Calcutta medical institutions reports 1879-81 [i.e.91]
Year: 1879
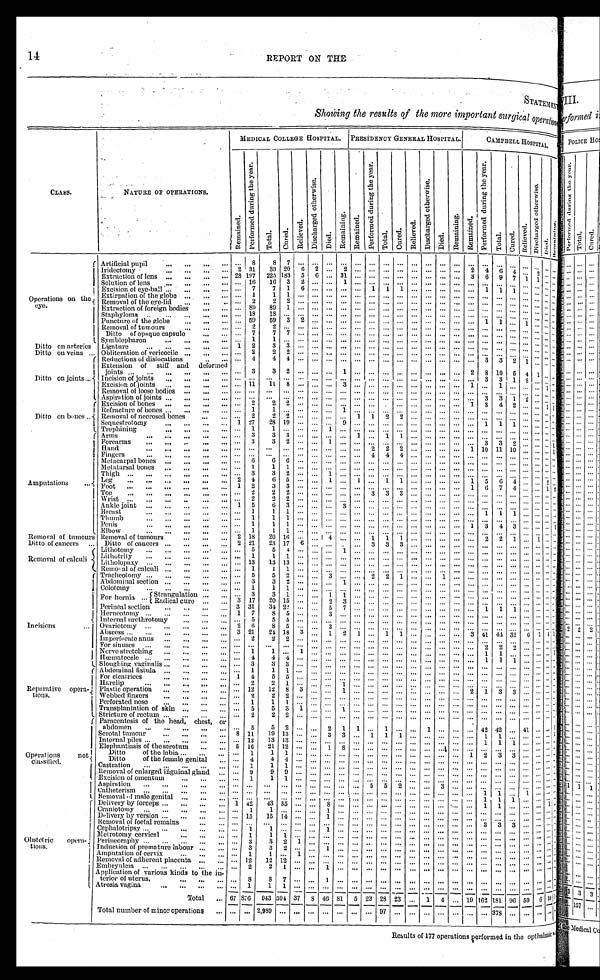
14
REPORT ON THE
S T A T E M E N T
Showing the results of the more important surgical operation
C l a s s .
N A T U R E O F O P E R A T I O N S .
M E D I C A L C O L L E G E H O S P I T A L .
PRESIDENCY GENERAL HOSPITAL. CAMPBELL HOSPITAL.
R e m a i n e d .
P e r f o r m e d d u r i n g t h e y e a r .
T o t a l .
Cured.
R e l i e v e d .
D i s c h a r g e d o t h e r w i s e .
Died.
R e m a i n i n g .
Remained.
P e r f o r m e d d u r i n g t h e y e a r .
T o t a l .
C u r e d .
R e l i e v e d .
D i s c h a r g e d o t h e r w i s e .
Died.
R e m a i n i n g .
Remained.P e r f o r me d d u r i n g t h e y e a r . Total.
C u r e d .
Relieved.
D i s c h a r g e d o t h e r w i s e .
Di e d. R e m a i n i n g .
O p e r a t i o n s o n t h e e y e .
Artificial pupil . . .
. . .
8
8
7
. . .
. . .
. . .. . . . . .
. . .
. . .
. . .. . .
. . .. . .
. . .
. . .
. . .
. . .. . .
. . . . . . . . .. . .
2
3 1
3 3
2 0
6
2
. . .2
. . .
. . .
. . .
. . .. . .
. . .. . .
. . .
2
4
6 4
. . . 2 . . .. . .
I r i d e c t o m y . . .
2 8
1 9 7
2 2 5
1 8 3
5
6
. . .31 . . .
. . .
. . .
. . .. . .
. . .. . .
. . .
3
6
9 7
1
1 . . .. . .
E x t r a c t i o n o f l e n s . . .
Solution of lens . . .
. . .
1 6
1 6
3
2
. . .
1
. . .
. . .
. . .
. . . . . .
. . .. . .
. . .
. . .
. . .
. . .. . .
. . . . . . . . .. . .
Excision of eye-ball . . .
. . .
7
7
1
6
. . .
. . .. . . . . .
1
1
1 . . .
. . .. . .
. . .
. . .
1
1 1
. . . . . . . . .. . .
Extirpation of the globe
. . .
. . .
1
1
1
. . .
. . .
. . .. . . . . .
. . .
. . .
. . .. . .
. . .. . .
. . .
. . .
. . .
. . . . . .
. . . . . . . . .. . .
Removal of the eye-lid
. . .
. . .
2
2
2
. . .
. . .
. . .. . . . . .
. . .
. . .
. . .. . .
. . .. . .
. . .
. . .
. . .
. . .. . .
. . . . . . . . .. . .
E x t r a c t i o n o f f o r e i g n b o d i e s . . .
. . .
8 9
8 9
1
. . .
. . .
. . .. . . . . .
. . .
. . .
. . .. . .
. . .. . .
. . .
. . .
. . .
. . .. . .
. . . . . . . . .. . .
S t a p h y l o m a . . .
. . .
1 8
1 8
. . .
. . .
. . .
. . .. . . . . .
. . .
. . .
. . .. . .
. . .. . .
. . .
. . .
. . .
. . .. . .
. . . . . . . . .. . .
5 9
5 9
Puncture of the globe . . .
. . .
3
2
. . .
. . .. . . . . .
. . .
. . .
. . .. . .
. . .. . .
. . .
. . .
1
1 . . .
1
. . . . . .. . .
Removal of tumours . . .
. . .
2
2
. . .
. . .
. . .
. . .. . . . . .
. . .
. . .
. . .. . .
. . .. . .
. . .
. . .
. . .
. . .. . .
. . . . . . . . .. . .
D i t t o o f o p a q u e c a p s u l e . . .
. . .
7
7
7
. . .
. . .
. . .. . . . . .
. . .
. . .
. . .. . .
. . .. . .
. . .
. . .
. . .
. . .. . .
. . . . . . . . .. . .
S y m b l e p h a r o n . .
. . .
1
1
. . .
. . .
. . .
. . .
. . . . . .
. . .
. . .
. . .. . .
. . .. . .
. . .
. . .
. . .
. . .. . .
. . . . . . . . .. . .
D i t t o o n a r t e r i e s Ligature . . .
1
2
3
3
. . .
. . .
. . .. . . . . .
. . .
. . .
. . .. . .
. . .. . .
. . .
. . .
. . .
. . .. . .
. . . . . . . . .. . .
D i t t o o n v e i n s . . . Obliteration of vericocile . . .
. . .
2
2
2
. . .
. . .
. . .. . . . . .
. . .
. . .
. . .. . .
. . .. . .
. . .
. . .
. . .
. . .. . .
. . . . . . . . .. . .
D i t t o o n j o i n t s . . .
Reductions of dislocations
. . .
. . .
4
4
4
. . .
. . .
. . .. . . . . .
. . .
. . .
. . .. . .
. . .. . .
. . .
. . .
3
3 2
1
. . . . . .. . .
Extension of stiff and deformed joints . . .
. . .
3
3
2
. . .
. . .
. . .1
. . .
. . .
. . .
. . .. . .
. . .. . .
. . .
2
8
1 0
5
4
1
. . .
. . .
Incision of joints . . .
. . .
. . .
. . .
. . .
. . .
. . .
. . . . . . . . .
. . .
. . .
. . .. . .
. . .. . .
. . .
. . .
3
3 1
2
. . . . . .. . .
E x c i s i o n o f j o i n t s . . .
. . .
1 1
1 1
8
. . .
. . .
. . .3
. . .
. . .
. . .
. . .. . .
. . .. . .
. . .
1
. . .
1 . . .
. . . . . . 1 . . .
Removal of loose bodies
. . .
. . .
. . .
. . .
. . .
. . .
. . .
. . .. . . . . .
. . .
. . .
. . .. . .
. . .. . .
. . .
. . .
. . .
. . .. . .
. . . . . . . . .. . .
Aspiration of joints
. . .
. . .
. . .
. . .
. . .
. . .
. . .
. . . . . . . . .
. . .
. . .
. . .. . .
. . . . . .
. . .
. . .
3
3 1
2
. . . . . .. . .
D i t t o o n b o n e s . . .
Excision of bones
. . .
. . .
2
2
2
. . .
. . .
. . .. . . . . .
. . .
. . .
. . .. . .
. . .. . .
. . .
1
3
4 2
. . . . . . 1 1
R e f r a c t u r e o f b o n e s . . .
. . .
1
1
. . .
. . .
. . .
. . .1
. . .
. . .. . .
. . .. . .
. . .
. . .
. . .
. . .. . .
. . . . . . . . .. . .
R e m o v a l o f n e c r o s e d b o n e s . . .
. . .
2
2
2
. . .
. . .
. . .. . . 1
1
2
2 . . .
. . .. . .
. . .
. . .
. . .
. . .. . .
. . . . . . . . .. . .
Sequestrotomy . . .
1
2 7
2 8
1 9
. . .
. . .
. . .9
. . .
. . .
. . .
. . .. . .
. . .. . .
. . .
. . .
1
1 1
. . . . . . . . .. . .
T r e p h i n i n g . . .
. . .
1
1
. . .
. . .
. . .
1 . . . . . .
. . .
. . .
. . .. . .
. . .. . .
. . .
. . .
. . .
. . .. . .
. . . . . . . . .. . .
A m p u t a t i o n s . . .
A r m s . . .
. . .
3
3
3
. . .
. . .
. . .. . . 1
. . .
1
1 . . .
. . .. . .
. . .
. . .
. . .
. . .. . .
. . . . . . . . .. . .
F o r e a r m s . . .
. . .
3
3
2
. . .
. . .
1 . . . . . .
. . .
. . .
. . .. . .
. . .. . .
. . .
. . .
3
3 2
. . . . . . . . .1
H a n d . . .
. . .
. . .
. . .
. . .
. . .
. . .
. . .. . . . . .
2
2
2 . . .
. . .. . .
. . .
1
1 0
1 1
10
. . . . . . . . .1
Fingers . . .
. . .
. . .
. . .
. . .
. . .
. . .
. . .. . . . . .
4
4
4 . . .
. . .. . .
. . .
. . .
. . .
. . .. . .
. . . . . . . . .. . .
M e t a c a r p a l b o n e s . . .
. . .
6
6
6
. . .
. . .
. . .. . . . . .
. . .
. . .
. . .. . .
. . .. . .
. . .
. . .
. . .
. . .. . .
. . . . . . . . .. ..
Metatarsal bones
. . .
. . .
1
1
1
. . .
. . .
. . .. . . . . .
. . .
. . .
. . .. . .
. . .. . .
. . .
. . .
. . .
. . .. . .
. . . . . . . . .. . .
T h i g h . . .
. . .
3
3
2
. . .
. . .
1 . . . . . .
. . .
. . .
. . .. . .
. . .. . .
. . .
. . .
. . .
. . .. . .
. . . . . . . . .. . .
Leg
. . .
2
4
6
5
. . .
. . .
1 . . . . . .
1
. . .
1 1
. . .. . .
. . .
1
5
6 4
. . . . . . 2 . . .
Foot .
. .
1
2
3
3
. . .
. . .
. . .. . . . . .
. . .
. . .
. . .. . .
. . .. . .
. . .
1
6
7 4
. . . . . . 1 . . .
Toe . . .
. . .
2
2
2
. . .
. . .
. . .. . . . . .
. . .
3
3 3
. . .. . .
. . .
. . .
. . .
. . .. . .
. . . . . . . . .
Wrist . . .
. . .
2
2
2
. . .
. . .
. . .. . . . . .
. . .
. . .
. . .. . .
. . .. . .
. . .
. . .
. . .
. . .. . .
. . . . . . . . .. . .
Ankle joint
. . .
1
5
6
3
. . .
. . .
. . .3
. . .
. . .
. . .
. . .. . .
. . .. . .
. . .
. . .
. . .
. . .. . .
. . . . . . . . .. . .
B r e a s t . . .
. . . 1
1
1
. . .
. . .
. . .. . . . . .
. . .
. . .
. . .. . .
. . .. . .
. . .
. . .
1
1 1
. . . . . . . . .. . .
T h u m b . . .
. . . 1
1
1
. . .
. . .
. . .. . . . . .
. . .
. . .
. . .. . .
. . .. . .
. . .
. . .
. . .
. . .. . .
. . . . . . . . .. . .
Penis . . .
. . . 1
1
1
. . .
. . .
. . .. . . . . .
. . .
. . .
. . .. . .
. . .. . .
. . .
1
3
4 3
. . . . . . . . .1
E l b o w . . .
. . .
1
1
1
. . .
. . .
. . .. . . . . .
. . .
. . .
. . .. . .
. . .. . .
. . .
. . .
. . .
. . .. . .
. . . . . . . . .. . .
R e m o v a l o f t u r m o u s
R e m o v a l o f t u m o u r s . . .
2
1 8
2 0
1 6
. . .
. . .
4 . . . . . .
1
1
1 . . .
. . .. . .
. . .
. . .
2
2 1
. . . 1 . . .. . .
D i t t o o f c a n c e r s . . .
2
2 1
2 3
1 7
6
. . .
. . .. . . . . .
3
3
3 . . .
. . .. . .
. . .
. . .
. . .
. . .. . .
. . . . . . . . .. . .
D i t t o o f c a n c e r s . . .
R e m o v a l o f c a l c u l i . . .
L i t h o t o m y . . .
. . .
5
5
4
. . .
. . .
. . .1
. . .
. . .
. . .
. . .. . .
. . .. . .
. . .
. . .
. . .
. . .. . .
. . . . . . . . .. . .
Lithotrity . . .
. . .
1
1
1
. . .
. . .
. . .. . . . . .
. . .
. . .
. . .. . .
. . .. . .
. . .
. . .
. . .
. . .. . .
. . . . . . . . .. . .
Litholopaxy . . .
. . .
1 3
1 3
1 3
. . .
. . .
. . .. . . . . .
. . .
. . .
. . .. . .
. . .. . .
. . .
. . .
. . .
. . .. . .
. . . . . . . . .. . .
R e m o v a l o f c a l c u l i . . .
. . .
1
1
1
. . .
. . .
. . .. . . . . .
. . .
. . .
. . .. . .
. . .. . .
. . .
. . .
. . .
. . .. . .
. . . . . . . . .. . .
I n c i s i o n s . . .
Tracheotomy . . .
. . .
5
5
2 2
. . .
. . .
3 . . . . . .
2
2
1 . . .
. . .1
. . .
. . .
. . .
. . .. . .
. . . . . . . . .. . .
Abdominal section . . .
. . .
3
3
2
. . .
. . .
. . .1
. . .
. . .
. . .
. . .. . .
. . .. . .
. . .
. . .
. . .
. . .. . .
. . . . . . . . .. . .
C o l o t o m y . . .
. . .
1
1
1
. . .
. . .
. . .. . . . . .
. . .
. . .
. . .. . .
. . .. . .
. . .
. . .
. . .
. . .. . .
. . . . . . . . .. . .
F o r h e r n i a . . .Strangulation . . .
. . .
3
3
1
. . .
. . .
1 1
. . .
. . .
. . .
. . .. . .
. . .. . .
. . .
. . .
. . .
. . .. . .
. . . . . . . . .. . .
Radical cure . . .
3
1 7
2 0
1 5
. . .
. . .
2 3
. . .
. . .
. . .
. . .. . .
. . .. . .
. . .
. . .
. . .
. . .. . .
. . . . . . . . .. . .
P e r n i a l s e c t i o n . . .
3
3 1
3 4
2 2
. . .
. . .
5 7
. . .
. . .
. . .
. . .. . .
. . .. . .
. . .
1
1 1
. . . . . . . . .. . .
Herneotomy . . .
1
7
8
5
. . .
. . .
3 . . . . . .
. . .
. . .
. . .. . .
. . .. . .
. . .
. . .
. . .
. . .. . .
. . . . . . . . .. . .
Internal urethrotomy . . .
. . .
5
5
5
. . .
. . .
. . .. . . . . .
. . .
. . .
. . .. . .
. . .. . .
. . .
. . .
. . .
. . .. . .
. . . . . . . . .. . .
O v a r i o t o m y . . .
2
6
8
5
. . .
. . .
3 . . . . . .
. . .
. . .
. . .. . .
. . .. . .
. . .
. . .
. . .
. . .. . .
. . . . . . . . .. . .
Abscess . . .
3
2 1
2 4
1 8
3
. . .
1 2
1
. . .
1
1 . . .
. . .. . .
. . .
3
4 1
4 4
32
6
1 4 1
Imperforate anus
. . .
. . .
2
2
2
. . .
. . .
. . .. . . . . .
. . .
. . .
. . .. . .
. . .. . .
. . .
. . .
. . .
. . .. . .
. . . . . . . . .. . .
For sinuses . . .
. . .
. . .
. . .
. . .
. . .
. . .
. . .. . . . . .
. . .
. . .
. . .. . .
. . .. . .
. . .
. . .
2
2 2
. . . . . . . . .. . .
Nerve stretching
. . .
. . .
1
1
. . .
1
. . .
. . .. . . . . .
. . .
. . .
. . .. . .
. . .. . .
. . .
. . .
1
1 . . .
. . . . . . . . .1
Hœmatocele
. . .
. . .
4
4
4
. . .
. . .
. . .. . . . . .
. . .
. . .
. . .. . .
. . .. . .
. . .
. . .
1
1 1
. . . . . . . . .. . .
S l o u g h i n g v a g i n a l i s . . .
. . .
3
3
3
. . .
. . .
. . .. . . . . .
. . .
. . .
. . .. . .
. . .. . .
. . .
. . .
. . .
. . .. . .
. . . . . . . . .
. . .
R e p a r a t i v e o p e - r a t i o n s .
A b d o m i n a l f i s t u l a . . .
. . .
1
1
1
. . .
. . .
. . .. . . . . .
. . .
. . .
. . .. . .
. . .. . .
. . .
. . .
. . .
. . .. . .
. . . . . . . . .. . .
F o r c i c a t r i c e s . . .
1
4
5
5
. . .
. . .
. . .. . . . . .
. . .
. . .
. . .. . .
. . .. . .
. . .
. . .
. . .
. . .. . .
. . . . . . . . .. . .
Harelip . . .
. . .
2
2
1
. . .
. . .
. . .1
. . .
. . .
. . .
. . .. . .
. . .. . .
. . .
. . .
. . .
. . .. . .
. . . . . . . . .. . .
Plastic operation . . .
. . .
1 2
1 2
8
3
. . .
. . .1
. . .
. . .
. . .
. . .. . .
. . .. . .
. . .
2
1
3 3
. . . . . . . . .. . .
W e b b e d f i n g e r s . . .
. . .
2
2
2
. . .
. . .
. . .. . . . . .
. . .
. . .
. . .. . .
. . .. . .
. . .
. . .
. . .
. . .. . .
. . . . . . . . .. . .
P e r f o r a t e d n o s e . . .
. . .
1
1
1
. . .
. . .
. . .. . . . . .
. . .
. . .
. . .. . .
. . .. . .
. . .
. . .
. . .
. . .. . .
. . . . . . . . .. . .
Transplantation of skin
. . .
. . .
5
5
3
1
. . .
. . .1
. . .
. . .
. . .
. . .. . .
. . .. . .
. . .
. . .
. . .
. . .. . .
. . . . . . . . .. . .
Stricture of rectum
. . .
. . .
2
2
2
. . .
. . .
. . .. . . . . .
. . .
. . .
. . .. . .
. . .. . .
. . .
. . .
. . .
. . .. . .
. . . . . . . . . . . .
Operations
not classified
Paracentesis of the head, chest, or
abdomen
. . .
. . .
5
5
2
. . .
. . .
2 1
1
. . .
1
. . .. . .
1 . . .
. . .
. . .
4 2
4 2
. . .
4 1 . . . . . .. . .
S c r o t a l t u m o u r . . .
8
1 1
1 9
1 3
. . .
. . .
3 3
. . .
1
1
1 . . .
. . .. . .
. . .
. . .
1
1 . . .
. . . . . . . . .. . .
I n t e r n a l p i l e s . . .
. . .
1 3
1 3
1 3
. . .
. . .
. . .. . . . . .
. . .
. . .
. . .. . .
. . .. . .
. . .
. . .
1
1 1
. . . . . . . . .. . .
E l e p h a n t i a s i s o f t h e s c r o t u m . . .
5
1 6
2 1
1 2
. . .
. . .
1 8
. . .
. . .
. . .
. . .. . .
. . .. . .
. . .
. . .
. . .
. . .. . .
. . . . . . . . .. . .
Ditto of the labia . . .
. . .
1
1
1
. . .
. . .
. . .. . . . . .
. . .
. . .
. . .. . .
. . .. . .
. . .
1
2
3 3
. . . . . . . . .. . .
D i t t o o f t h e f e m a l e g e n i t a l . . .
. . .
4
4
1
. . .
. . .
. . .. . . . . .
. . .
. . .
. . .. . .
. . .. . .
. . .
. . .
. . .
. . .. . .
. . . . . . . . .. . .
Castration
. . .
. . .
1
1
1
. . .
. . .
. . .. . . . . .
. . .
. . .
. . .. . .
. . .. . .
. . .
. . .
. . .
. . .. . .
. . . . . . . . .. . .
Removal of enlarged inguinal gland
. . .
. . .
9
9
9
. . .
. . .
. . .. . . . . .
. . .
. . .
. . .. . .
. . .. . .
. . .
. . .
. . .
. . .. . .
. . . . . . . . .. . .
E x c i s i o n o f o m e n t u m . . .
. . .
1
1
1
. . .
. . .
. . .. . . . . .
. . .
. . .
. . .. . .
. . .. . .
. . .
. . .
. . .
. . .. . .
. . . . . . . . .. . .
Aspiration . . .
. . .
. . .
. . .
. . .
. . .
. . .
. . .. . . . . .
5
5
2 . . .
. . .3
. . .
. . .
. . .
. . .. . .
. . . . . . . . .. . .
Catheterism . . .
. . .
. . .
. . .
. . .
. . .
. . .
. . .. . . . . .
. . .
. . .
. . .. . .
. . .. . .
. . .
. . .
1
1 . . .
1
. . . . . .. . .
R e m o v a l o f m a l e g e n i t a l . . .
. . .
. . .
. . .
. . .
. . .
. . .
. . .. . . . . .
. . .
. . .
. . .. . .
. . .. . .
. . .
. . .
1
1 1
. . . . . . . . .. . .
O b s t e t r i c o p e r a - t i o n s .
D e l i v e r y b y f o r c e p s . . .
1
4 2
4 3
3 5
. . .
. . .
8 . . . . . .
. . .
. . .
. . .. . .
. . .. . .
. . .
. . .
1
1 . . .
. . . . . . 1 . . .
Craniotomy
. . .
. . .
1
1
. . .
. . .
. . .
1 . . . . . .
. . .
. . .
. . .. . .
. . .. . .
. . .
. . .
. . .
. . .. . .
. . . . . . . . .. . .
D e l i v e r y b y v e r s i o n . . .
. . .
1 5
1 5
1 4
. . .
. . .
1 . . . . . .
. . .
. . .
. . .. . .
. . .. . .
. . .
. . .
. . .
. . .. . .
. . . . . . . . .. . .
R e m o v a l o f f o e t a l r e m a i n s . . .
. . .
. . .
. . .
. . .
. . .
. . .
. . .. . . . . .
. . .
. . .
. . .. . .
. . .. . .
. . .
. . .
3
3 3
. . . . . . . . .. . .
C e p h a l o t r i s p s y . . .
. . .
1
1
. . .
. . .
. . .
1 . . . . . .
. . .
. . .
. . .. . .
. . .. . .
. . .
. . .
. . .
. . .. . .
. . . . . . . . .. . .
Metrotomy cervical . . .
. . .
1
1
1
. . .
. . .
. . .. . . . . .
. . .
. . .
. . .. . .
. . .. . .
. . .
. . .
. . .
. . .. . .
. . . . . . . . .. . .
P e r i n e o r a p h y . . .
. . .
3
3
2
1
. . .
. . .. . . . . .
. . .
. . .
. . .. . .
. . .. . .
. . .
. . .
. . .
. . .. . .
. . . . . . . . .. . .
Induction of premature labour . . .
. . .
3
3
2 . .
. . .
1 . . . . . .
. . .
. . .
. . .. . .
. . .. . .
. . .
. . .
. . .
. . .
. . .
. . . . . . . . .. . .
Amputation of cervix . . .
. . .
1
1
1
. . .
. . .. . . . . .
. . .
. . .
. . .. . .
. . .. . .
. . .
. . .
. . .
. . .. . .
. . . . . . . . .. . .
R e m o v a l o f a d h e r e n t p l a c e n t a . . .
. . .
1 2
1 2
1 2
. . .
. . .
. . .. . . . . .
. . .
. . .
. . .. . .
. . .. . .
. . .
. . .
. . .
. . .. . .
. . . . . . . . .. . .
Embryulcia . . .
. . .
2
2
1
. . .
. . .
1 . . . . . .
. . .
. . .
. . .. . .
. . .. . .
. . .
. . .
. . .
. . .. . .
. . . . . . . . .. . .
Application of various kinds to the in-
terior of uterus.
. . .
8
8
7
. . .
. . .
1 . . . . . .
. . .
. . .
. . .. . .
. . .. . .
. . .
. . .
. . .
. . .. . .
. . . . . . . . .. . .
Atrosia vagina . . .
. . .
1
1
1
. . .
. . .
. . .. . . . . .
. . .
. . .
. . .. . .
. . .. . .
. . .
. . .
. . .
. . .. . .
. . . . . . . . .. . .
T o t a l . . .
6 7
8 7 6
9 4 3
5 9 4
3 7
8
4 6
81 5
2 3
2 8
2 3
. . .
1 4
. . .
1 9
1 6 2
1 8 1
96
5 9 6 1 0
<i l l egi bl e>
T o t a l n u m b e r o f m i n o r o p e r a t i o n s . . .
. . .
. . .
2 , 9 8 9
. . .
. . .
. . .
. . .. . . . . .
. . .
9 7
. . .. . .
. . .. . .
. . .
. . .
. . .
3 7 8
. . .
. . . . . . . . .. . .
Results of 177 operations performed in the opthalmic.